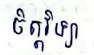
ចិត្តវិទ្យា